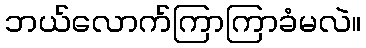
ဘယ်လောက်ကြာကြာခံမလဲ။